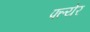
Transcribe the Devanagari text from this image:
फ्ल्येर